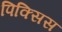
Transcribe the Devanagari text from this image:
पिक्सिस